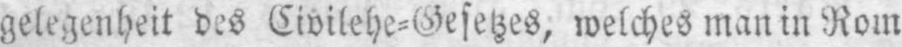
gelegenheit des Civilehe⸗Gesetzes, welches man in Rom